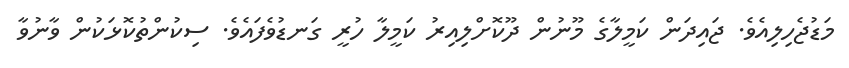
މަޑުޖެހިލިއެވެ. ޖައިދަން ކަމީލާގެ މޫނުން ދޫކޮށްލިއިރު ކަމީލާ ހުރީ ގަނޑުވެފައެވެ. ސިކުންތުކޮޅަކުން ވާނުވާ